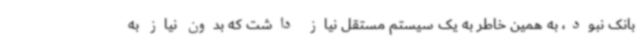
بانک نبود، به همین خاطر به یک سیستم مستقل نیاز داشت که بدون نیاز به